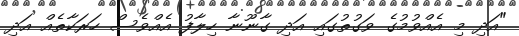
"އަދި މި އެއްވުމުގެ ވަގުތުގައި އަދި ގާނޫނާ ހިލާފު އެއްވެސް ހަރަކާތެއް އަދި